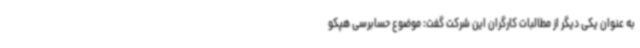
به عنوان یکی دیگر از مطالبات کارگران این شرکت گفت: موضوع حسابرسی هپکو